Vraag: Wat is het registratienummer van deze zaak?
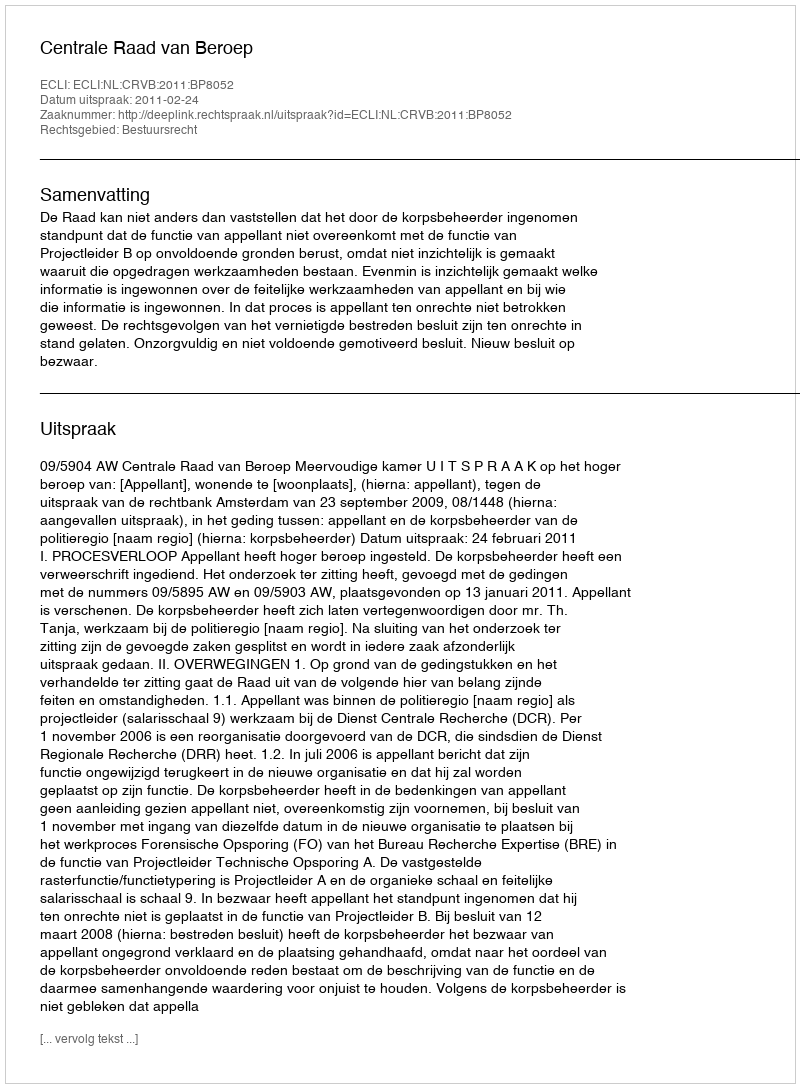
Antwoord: http://deeplink.rechtspraak.nl/uitspraak?id=ECLI:NL:CRVB:2011:BP8052